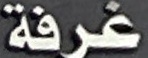
غرفة